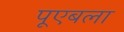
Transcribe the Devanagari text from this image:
पूएबला